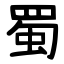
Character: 蜀